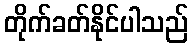
တိုက်ခတ်နိုင်ပါသည်